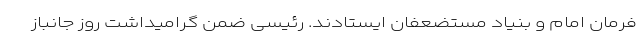
فرمان امام و بنیاد مستضعفان ایستادند. رئیسی ضمن گرامیداشت روز جانباز